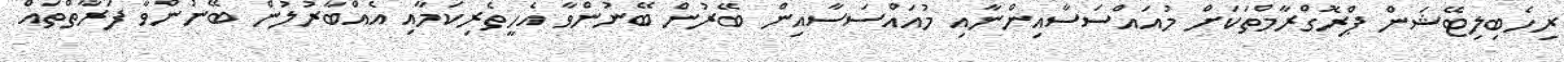
ރިހެބިލިޓޭޝަން ޕްރޮގްރާމްތަކަށް މުއައްސަސާއިންނާއި މުއައްސަސާއިން ބޭރުން ބޭނުންވާ އެހީތެރިކަމާއި އެއްބާރުލުން ބޭނުންވާ ފަރާތްތައް